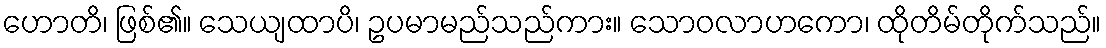
ဟောတိ၊ ဖြစ်၏။ သေယျထာပိ၊ ဥပမာမည်သည်ကား။ သောဝလာဟကော၊ ထိုတိမ်တိုက်သည်။